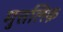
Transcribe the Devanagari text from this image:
मुत्तलिक़